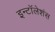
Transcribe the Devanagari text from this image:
इन्टॉलेशंस